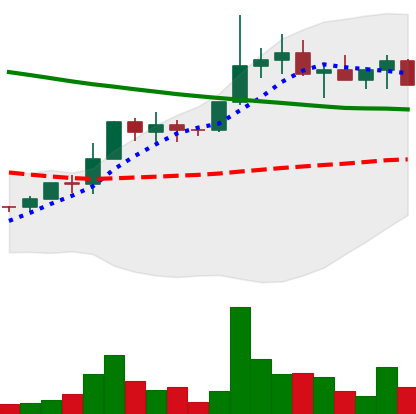
Ticker: EOS-USD
Chart end date: 2022-04-05
Forward return: -13.733%
Label: down_7plus